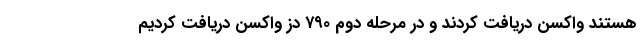
هستند واکسن دریافت کردند و در مرحله دوم ۷۹۰ دز واکسن دریافت کردیم